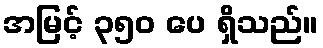
အမြင့် ၃၅၀ ပေ ရှိသည်။